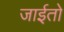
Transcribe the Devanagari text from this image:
जाईतो